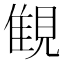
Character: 𧡖